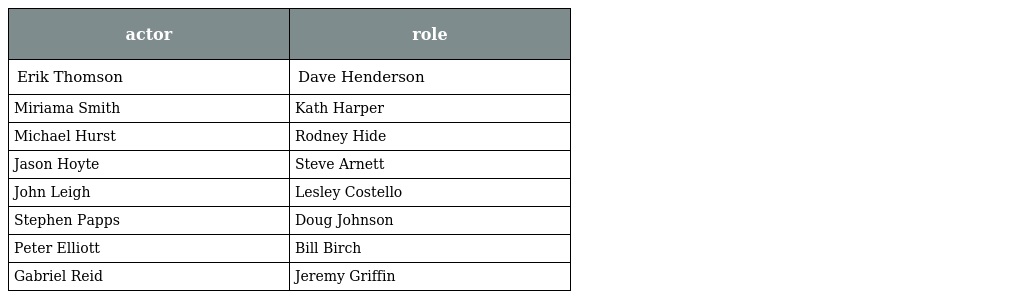
| actor | role |
 | --- | --- |
 | Erik Thomson | Dave Henderson |
 | Miriama Smith | Kath Harper |
 | Michael Hurst | Rodney Hide |
 | Jason Hoyte | Steve Arnett |
 | John Leigh | Lesley Costello |
 | Stephen Papps | Doug Johnson |
 | Peter Elliott | Bill Birch |
 | Gabriel Reid | Jeremy Griffin |